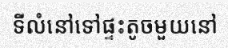
ទីលំនៅទៅផ្ទះតូចមួយនៅ